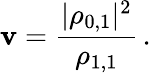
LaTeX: \mathbf{v}=\frac{{|{\rho}_{0,1}|^{2}}}{{{\rho}_{1,1}}}\, .